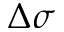
\Delta \sigma